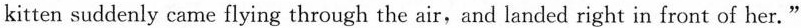
kitten suddenly came flying through the air, and landed right in front of her."